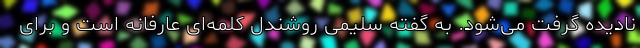
نادیده گرفت می‌شود. به گفته سلیمی روشندل کلمه‌ای عارفانه است و برای